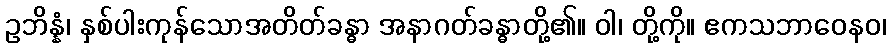
ဥဘိန္နံ၊ နှစ်ပါးကုန်သောအတိတ်ခန္ဓာ အနာဂတ်ခန္ဓာတို့၏။ ဝါ၊ တို့ကို။ ဧကသဘာဝေနဝ၊